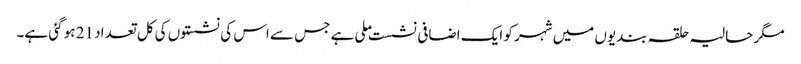
مگر حالیہ حلقہ بندیوں میں شہر کو ایک اضافی نشست ملی ہے جس سے اس کی نشستوں کی کل تعداد 21 ہو گئی ہے۔